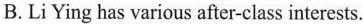
B. Li Ying has various after-class interests.